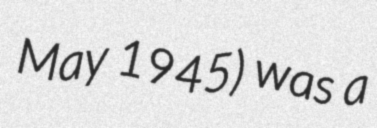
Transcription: May 1945) was a